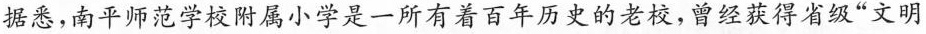
据悉，南平师范学校附属小学是一所有着百年历史的老校，曾经获得省级”文明